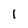
Character: 1